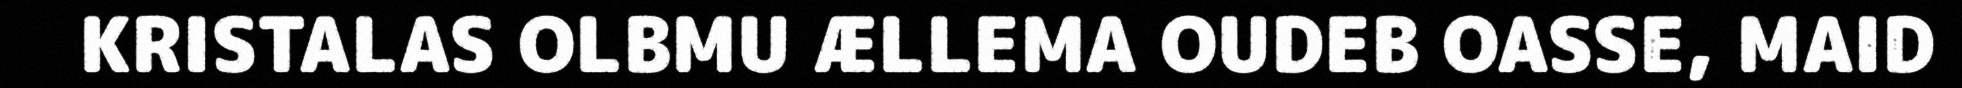
KRISTALAS OLBMU ÆLLEMA OUDEB OASSE, MAID